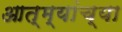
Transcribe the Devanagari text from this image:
आत्म्यांच्या